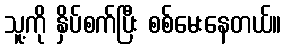
သူ့ကို နှိပ်စက်ပြီး စစ်မေးနေတယ်။